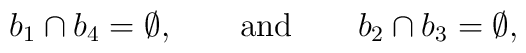
b_1 \cap b_4 = \emptyset, \qquad \hbox{and} \qquad b_2 \cap b_3 = \emptyset,